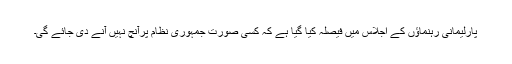
پارلیمانی رہنماؤں کے اجلاس میں فیصلہ کیا گیا ہے کہ کسی صورت جمہوری نظام پرآنچ نہیں آنے دی جائے گی۔